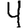
Digit: 4